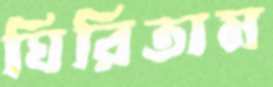
ঘিরিতাম